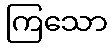
ကြသော